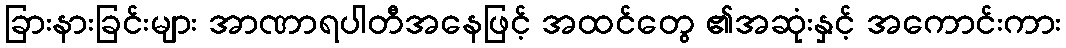
ခြားနားခြင်းများ အာဏာရပါတီအနေဖြင့် အထင်တွေ ၏အဆုံးနှင့် အကောင်းကား